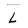
Character: L